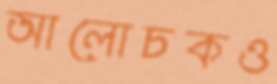
আলোচকও